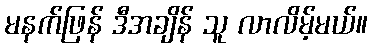
မနက်ဖြန် ဒီအချိန် သူ လာလိမ့်မယ်။